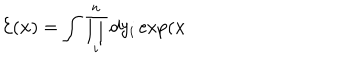
LaTeX: \mathcal { E } ( \mathbf { x } ) = \int \prod _ { i } ^ { n } d y _ { i } \exp ( \mathbf { x }